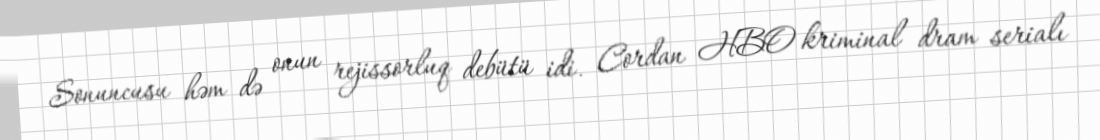
Sonuncusu həm də onun rejissorluq debütü idi. Cordan HBO kriminal dram serialı